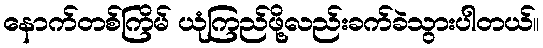
နောက်တစ်ကြိမ် ယုံကြည်ဖို့လည်းခက်ခဲသွားပါတယ်။